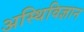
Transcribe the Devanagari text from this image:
अस्थिविज्ञान